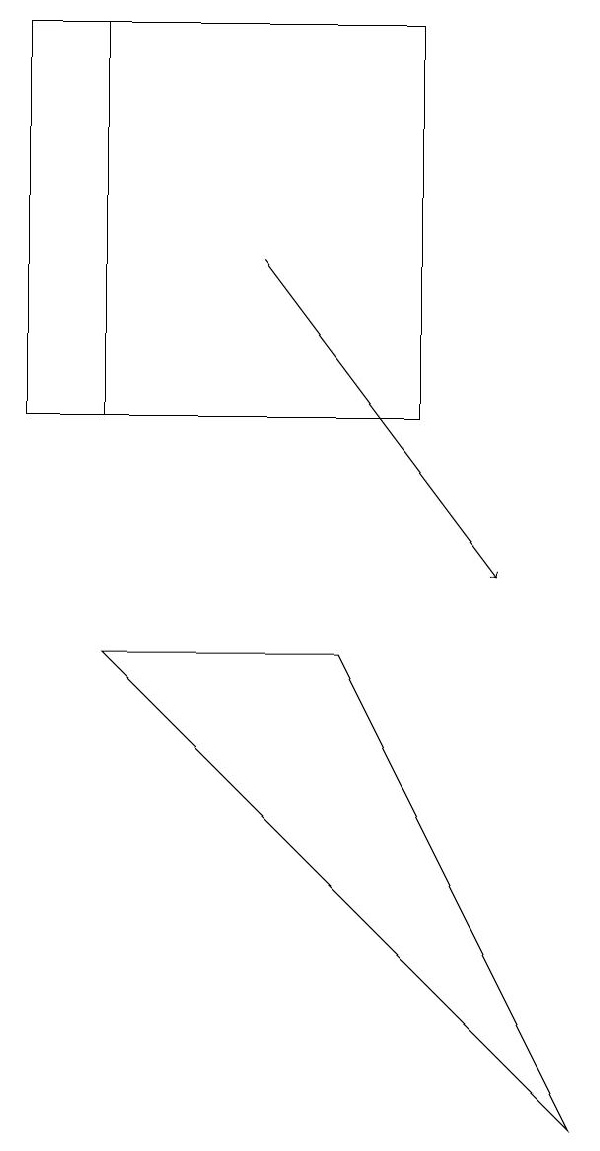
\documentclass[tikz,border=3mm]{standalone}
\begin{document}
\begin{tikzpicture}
\draw (2,12) rectangle (6,17);
\draw (6,12) rectangle (1,17);
\draw (8,3) -- (5,9) -- (2,9) -- cycle;
\draw[->] (4,14) -- (7,10);
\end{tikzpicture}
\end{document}